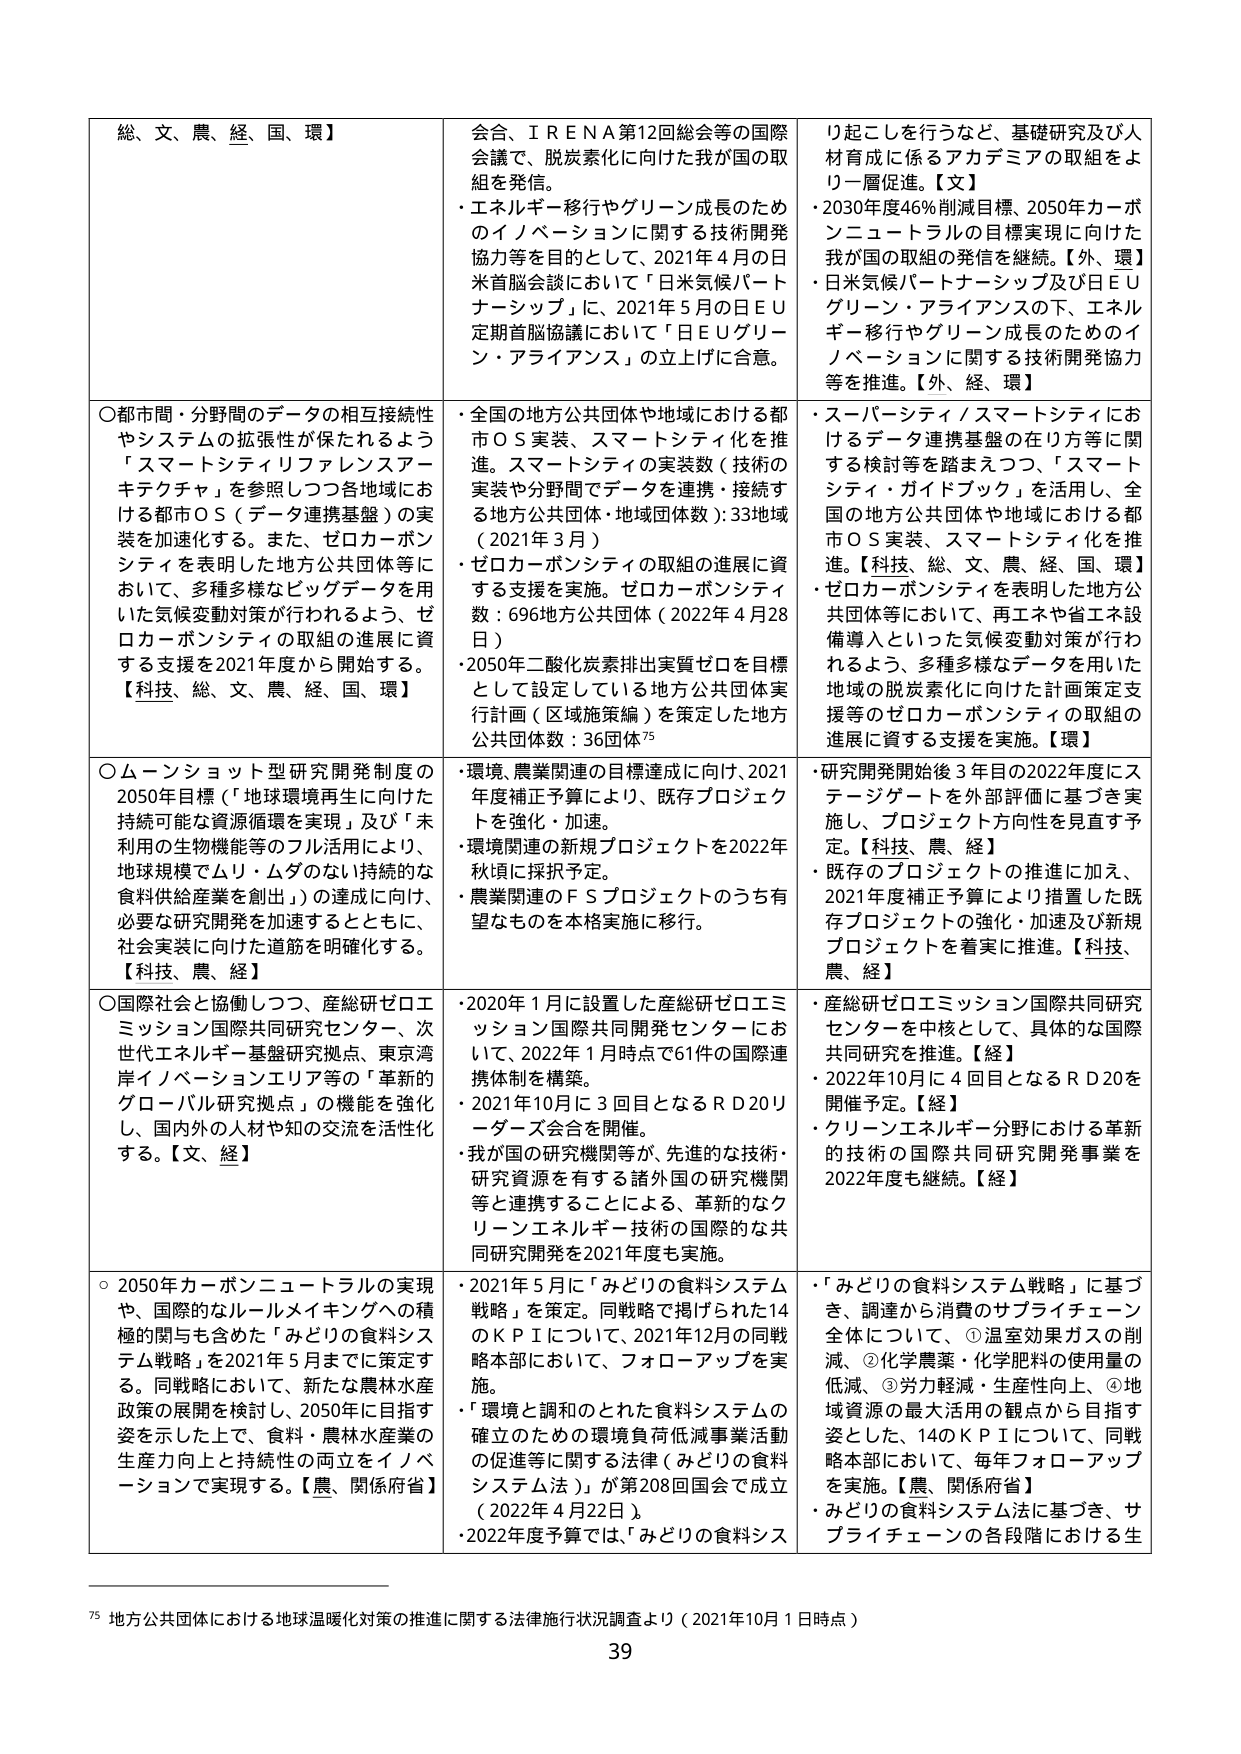
総、文、農、経、国、環】
会合、ＩＲＥＮＡ第12回総会等の国際会議で、脱炭素化に向けた我が国の取組を発信。
・エネルギー移行やグリーン成長のためのイノベーションに関する技術開発協力等を目的として、2021年4月の日米首脳会談において「日米気候パートナーシップ」に、2021年5月の日EU定期首脳協議において「日EUグリーン・アライアンス」の立上げに合意。
り起こしを行うなど、基礎研究及び人材育成に係るアカデミアの取組をより一層促進。【文】
・2030年度46％削減目標、2050年カーボンニュートラルの目標実現に向けた我が国の取組の発信を継続。【外、環】
・日米気候パートナーシップ及び日EUグリーン・アライアンスの下、エネルギー移行やグリーン成長のためのイノベーションに関する技術開発協力を推進。【外、経、環】

○都市間・分野間のデータの相互接続性やシステムの拡張性が保たれるよう「スマートシティリファレンスアーキテクチャ」を参照しつつ各地域における都市ＯＳ（データ連携基盤）の実装を加速化する。また、ゼロカーボンシティを表明した地方公共団体等において、多種多様なビッグデータを用いた気候変動対策が行われるよう、ゼロカーボンシティの取組の進展に資する支援を2021年度から開始する。【科技、総、文、農、経、国、環】
・全国の地方公共団体や地域における都市ＯＳ実装、スマートシティ化を推進。スマートシティの実装数（技術の実装や分野間でデータを連携・接続する地方公共団体・地域団体数）：33地域（2021年3月）
・ゼロカーボンシティの取組の進展に資する支援を実施。ゼロカーボンシティ数：696地方公共団体（2022年4月28日）
・2050年二酸化炭素排出実質ゼロを目標として設定している地方公共団体実行計画（区域施策編）を策定した地方公共団体数：36団体⁷⁵
・スーパーシティ／スマートシティにおけるデータ連携基盤の在り方等に関する検討等を踏まえつつ、「スマートシティ・ガイドブック」を活用し、全国の地方公共団体や地域における都市ＯＳ実装、スマートシティ化を推進。【科技、総、文、農、経、国、環】
・ゼロカーボンシティを表明した地方公共団体等において、再エネや省エネ設備導入といった気候変動対策が行われるよう、多種多様なデータを用いた地域の脱炭素化に向けた計画策定支援等のゼロカーボンシティの取組の進展に資する支援を実施。【環】

○ムーンショット型研究開発制度の2050年目標（「地球環境再生に向けた持続可能な資源循環を実現」及び「未利用の生物機能等のフル活用により、地球規模でムリ・ムダのない持続的な食料供給産業を創出」）の達成に向け、必要な研究開発を加速するとともに、社会実装に向けた道筋を明確化する。【科技、農、経】
・環境、農業関連の目標達成に向け、2021年度補正予算により、既存プロジェクトを強化・加速。
・環境関連の新規プロジェクトを2022年秋頃に採択予定。
・農業関連のＦＳプロジェクトのうち有望なものを本格実施に移行。
・研究開発開始後3年目の2022年度にステージゲートを外部評価に基づき実施し、プロジェクト方向性を見直す予定。【科技、農、経】
・既存のプロジェクトの推進に加え、2021年度補正予算により措置した既存プロジェクトの強化・加速及び新規プロジェクトを着実に推進。【科技、農、経】

○国際社会と協働しつつ、産総研ゼロエミッション国際共同研究センター、次世代エネルギー基盤研究拠点、東京湾岸イノベーションエリア等の「革新的グローバル研究拠点」の機能を強化し、国内外の人材や知の交流を活性化する。【文、経】
・2020年1月に設置した産総研ゼロエミッション国際共同開発センターにおいて、2022年1月時点で61件の国際連携体制を構築。
・2021年10月に3回目となるＲＤ20リーダーズ会合を開催。
・我が国の研究機関等が、先進的な技術・研究資源を有する諸外国の研究機関等と連携することによる、革新的なクリーンエネルギー技術の国際的な共同研究開発を2021年度も実施。
・産総研ゼロエミッション国際共同研究センターを中核として、具体的な国際共同研究を推進。【経】
・2022年10月に4回目となるＲＤ20を開催予定。【経】
・クリーンエネルギー分野における革新的技術の国際共同研究開発事業を2022年度も継続。【経】

○2050年カーボンニュートラルの実現や、国際的なルールメイキングへの積極的関与も含めた「みどりの食料システム戦略」を2021年5月までに策定する。同戦略において、新たな農林水産政策の展開を検討し、2050年に目指す姿を示した上で、食料・農林水産業の生産力向上と持続性の両立をイノベーションで実現する。【農、関係府省】
・2021年5月に「みどりの食料システム戦略」を策定。同戦略で掲げられた14のＫＰＩについて、2021年12月の同戦略本部において、フォローアップを実施。
・「環境と調和のとれた食料システムの確立のための環境負荷低減事業活動の促進等に関する法律（みどりの食料システム法）」が第208回国会で成立（2022年4月22日）。
・2022年度予算では、「みどりの食料シス
・「みどりの食料システム戦略」に基づき、調達から消費のサプライチェーン全体について、①温室効果ガスの削減、②化学農薬・化学肥料の使用量の低減、③労力軽減・生産性向上、④地域資源の最大活用の観点から目指す姿とした、14のＫＰＩについて、同戦略本部において、毎年フォローアップを実施。【農、関係府省】
・みどりの食料システム法に基づき、サプライチェーンの各段階における生

⁷⁵ 地方公共団体における地球温暖化対策の推進に関する法律施行状況調査より（2021年10月1日時点）
39